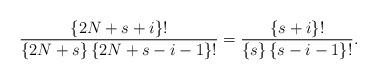
LaTeX: \begin{align*}\frac{\{2N+s+i\}!}{\{2N+s\} \,\{2N+s-i-1\}!}=\frac{\{s+i\}!}{\{s\} \,\{ s-i-1\}!}.\end{align*}